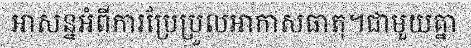
អាសន្នអំពីការប្រែប្រួលអាកាសធាតុ។ជាមួយគ្នា